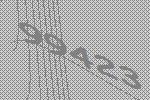
99423